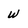
Character: w